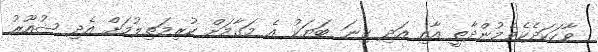
ވާހަކަދެކެވެމުންދާތީ އާއި އަދި ގިނަ ބަޔަކު އެ މަގާމަށް ކުރިމަތިލުމަށް އެދި ޝުއޫރު